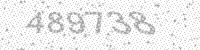
Solution: 489738